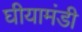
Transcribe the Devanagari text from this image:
घीयामंडी